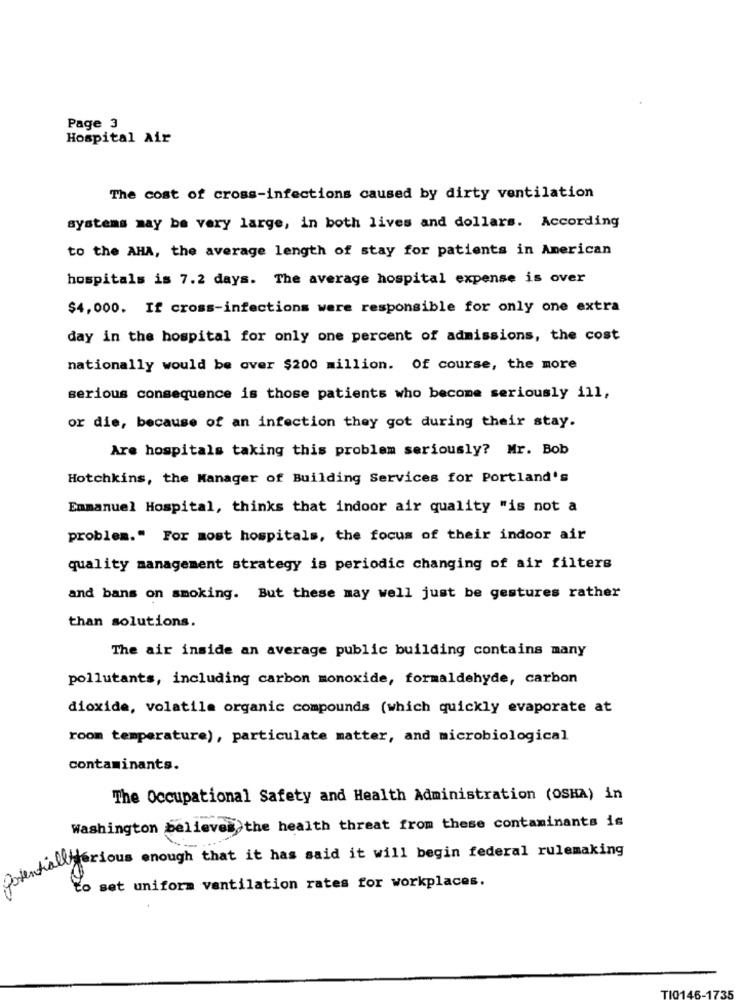
Page 3
Hospital Air
The cost of cross-infections caused by dirty ventilation
systems may be very large, in both lives and dollars. According
to the AHA, the average length of stay for patients in American
hospitals is 7.2 days. The average hospital expense is over
$4,000. If cross-infections were responsible for only one extra
day in the hospital for only one percent of admissions, the cost
nationally would be over $200 million. Of course, the more
serious consequence is those patients who become seriously ill,
or die, because of an infection they got during their stay.
Are hospitals taking this problem seriously? Mr. Bob
Hotchkins, the Manager of Building Services for Portland's
Emmanuel Hospital, thinks that indoor air quality "is not a
problem." For most hospitals, the focus of their indoor air
quality management strategy is periodic changing of air filters
and bans on smoking. But these may well just be gestures rather
than solutions.
The air inside an average public building contains many
pollutants, including carbon monoxide, formaldehyde, carbon
dioxide, volatile organic compounds (which quickly evaporate at
room temperature), particulate matter, and microbiological
contaminants.
The Occupational Safety and Health Administration (OSHA) in
Washington believes the health threat from these contaminants is
dentiallorious enough that it has said it will begin federal rulemaking
to set uniform ventilation rates for workplaces.
TIO1